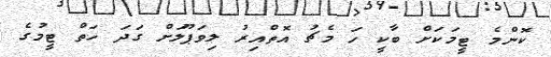
ކޮންމެ ޓީމަކަށް ބާކީ ހަ މެޗު އޮތްއިރު ލިވަޕޫލަށް ގަދަ ހަތް ޓީމުގެ